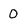
Character: 0